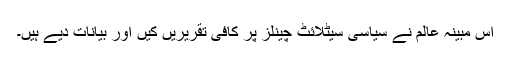
اس مبینہ عالم نے سیاسی سیٹلائٹ چینلز پر کافی تقریریں کیں اور بیانات دیے ہیں۔